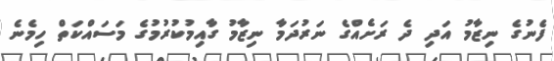
ފެނުގެ ނިޒާމު އަދި ދެ ރަށެއްގެ ނަރުދަމާ ނިޒާމު ގާއިމުކުރުމުގެ މަސައްކަތް ހިމެނެ